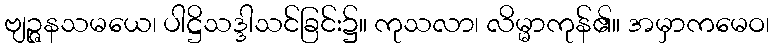
ဗျဉ္ဇနသမယေ၊ ပါဋ္ဌိသဒ္ဒါသင်ခြင်း၌။ ကုသလာ၊ လိမ္မာကုန်၏။ အမှာကမေဝ၊